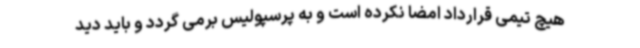
هیچ تیمی قرارداد امضا نکرده است و به پرسپولیس برمی گردد و باید دید